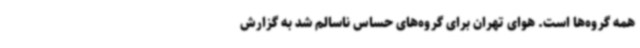
همه گروه‌ها است. هوای تهران برای گروه‌های حساس ناسالم شد به گزارش